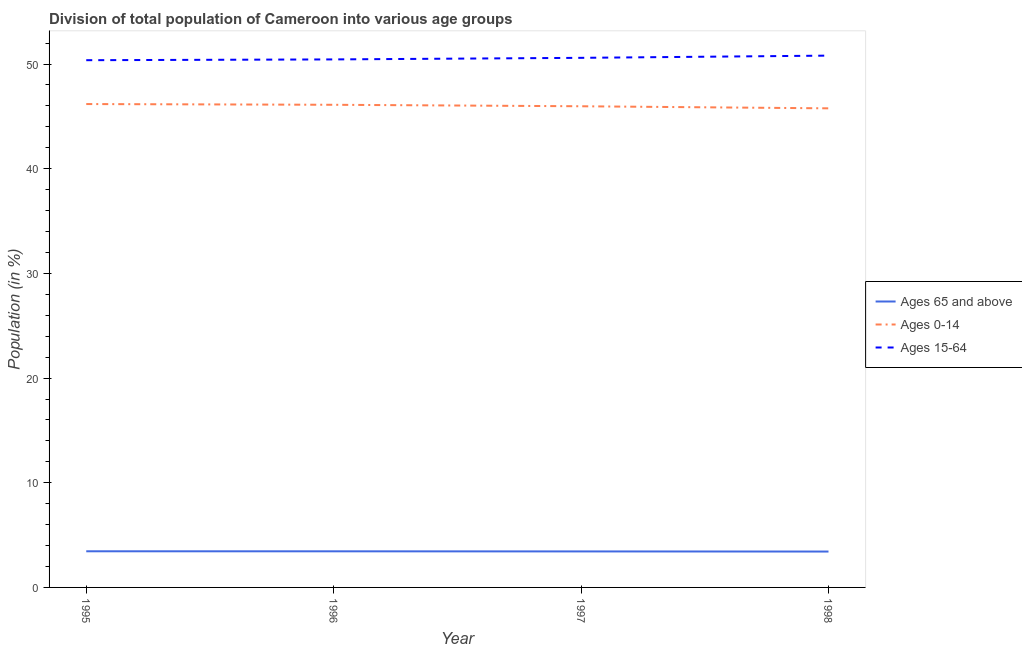
| Year | Ages 65 and above | Ages 0-14 | Ages 15-64 |
 | --- | --- | --- | --- |
 | 1995 | 3.45 | 46.2 | 50.4 |
 | 1996 | 3.45 | 46.1 | 50.4 |
 | 1997 | 3.44 | 46 | 50.6 |
 | 1998 | 3.43 | 45.8 | 50.8 |